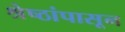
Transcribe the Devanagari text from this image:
श्रेष्ठांपासून